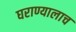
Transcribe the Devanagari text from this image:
घराण्यालाच